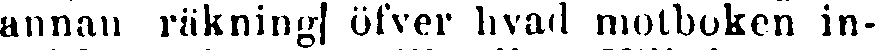
annan räkning öfver hvad motboken in-